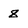
Character: 8